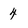
Character: 4